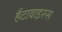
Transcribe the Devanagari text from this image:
हैंटावाइरस